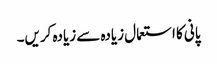
پانی کا استعمال زیادہ سے زیادہ کریں۔